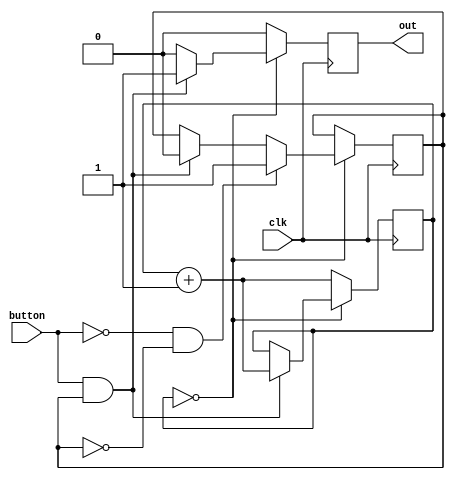
`timescale 1ns / 1ps
//////////////////////////////////////////////////////////////////////////////////
// Company: 
// Engineer: 
// 
// Design Name: 
// Module Name: pushbutton_debouncer
// Project Name: 
// Target Devices: 
// Tool Versions: 
// Description: 
// 
// Dependencies: 
// 
// Revision:
// Revision 0.01 - File Created
// Additional Comments:
// 
//////////////////////////////////////////////////////////////////////////////////


module pushbutton_debouncer(
    input clk,
    input button,
    output reg out
    );
    
    reg [10:0] reset_counter = 11'b0;
    reg rdy = 1'b1;
    
    always @(posedge clk)
    begin
        out <= 1'b0;
        if (reset_counter == 11'b0)
        begin
            if (button && rdy)
            begin
                reset_counter <= reset_counter + 1;
                out <= 1'b1;
                rdy <= 1'b0;
            end
            if (!button && !rdy)
            begin
                rdy <= 1'b1;
            end
        end
        else
        begin
            reset_counter <= reset_counter + 1;
        end

    end
    
endmodule